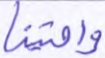
واجتبينا